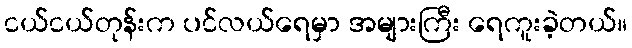
ငယ်ငယ်တုန်းက ပင်လယ်ရေမှာ အများကြီး ရေကူးခဲ့တယ်။